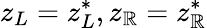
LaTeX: z_{L}=z_{L}^{*},z_{\mathbb{R}}=z_{\mathbb{R}}^{*}